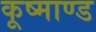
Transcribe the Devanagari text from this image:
कूष्माण्ड